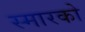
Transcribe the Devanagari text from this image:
स्मारको